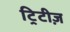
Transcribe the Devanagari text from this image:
ट्रिटीज़